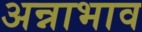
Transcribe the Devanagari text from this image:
अन्नाभाव